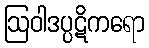
ဩဝါဒပ္ပဋိကရော